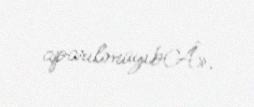
aparılmayıbÂ».